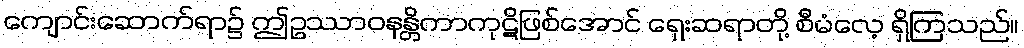
ကျောင်းဆောက်ရာ၌ ဤဥဿာဝနန္တိကာကုဋိဖြစ်အောင် ရှေးဆရာတို့ စီမံလေ့ ရှိကြသည်။